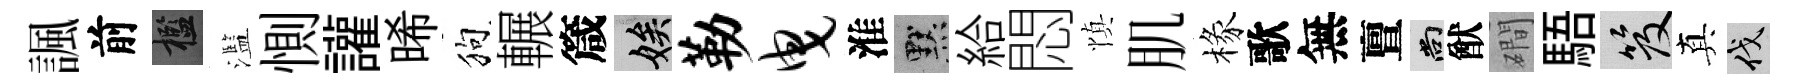
諷前檻濫惻讙晞狗輾箴娭勒曳淮默給悶慎肌椽歌無亶尚猷磵䮏笈真伐